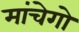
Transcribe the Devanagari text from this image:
मांचेगो